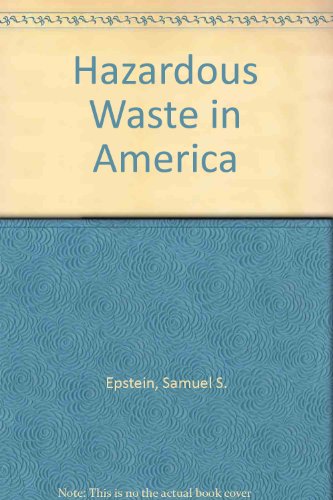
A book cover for Hazardous Waste in America; Samuel S. Epstein; Science & Math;